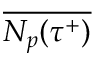
\overline { { N _ { p } ( { \tau } ^ { + } ) } }